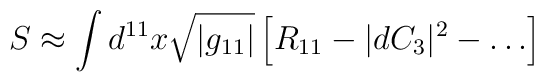
S \approx \int d^{11}x \sqrt{|g_{11}|} \left[ R_{11} - |dC_3|^2 -\ldots \right]